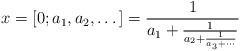
LaTeX: \begin{align*}x=[0;a_1,a_2,\dots]=\smash{ \frac1{a_1+\frac1{a_2+\frac1{a_3+\cdots}}} } \phantom{\frac9{9_y}}\end{align*}